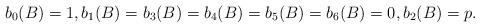
LaTeX: \begin{align*}b_0 (B)=1, b_1 (B)=b_3(B)=b_4(B)=b_5(B)=b_6 (B)=0, b_2 (B) = p.\end{align*}